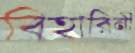
বিহারিনী